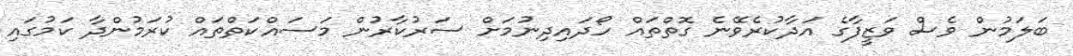
ބަލަމުން ވެސް ވަޒީފާގެ އަދާކުރެވޭނެ ގޮތްތައް ހޯދައިދިނުމަށް ސަރުކާރުން މަސައްކަތްތައް ކުރަމުންދާ ކަމުގައި